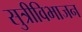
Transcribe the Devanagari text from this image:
सुत्रीविभाजन